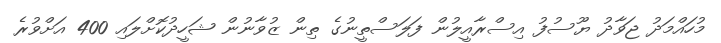
މުހައްމަދު ޖަވާދު ޔޫސުފު އިސްރާއީލުން ފަލަސްތީނުގެ ތިން ޒުވާނުން ޝަހީދުކޮށްލައި 400 އަށްވުރެ